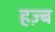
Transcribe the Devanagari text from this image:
हज़्ब